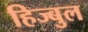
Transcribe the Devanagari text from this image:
हिज्बुल